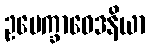
ဥပေက္ခာဝေဒနိယာ